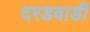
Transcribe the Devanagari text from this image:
दरडवाडी